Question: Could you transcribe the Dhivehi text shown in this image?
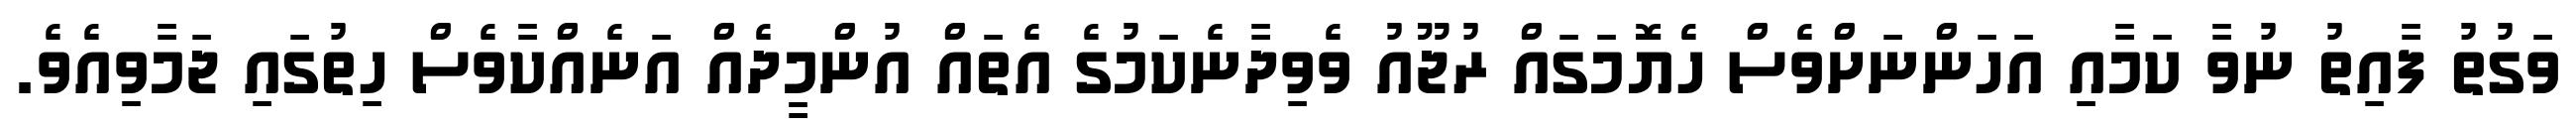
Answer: ވަގުތު ފާއިތު ނުވާ ކަމާއި އަހަންނަށްވެސް ހެޔޮމަގައް ރުޖޫއު ވެވިދާނެކަމުގެ އެތައް އުންމީދެއް އަނެއްކާވެސް ހިތުގައި ޖަމާވިއެވެ.